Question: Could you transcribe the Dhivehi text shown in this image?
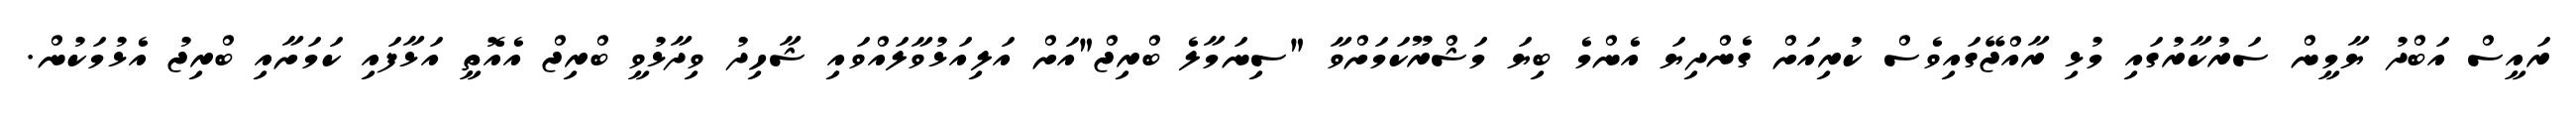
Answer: ރައީސް އަބްދު ޔާމީން ސަރުކާރުގައި މުޅި ރާއްޖޭގައިވެސް ކުރިއަށް ގެންދިޔަ އެންމެ ބިޔަ މަޝްރޫކަމަށްވާ "ސިނަމާލެ ބްރިޖް"އަށް އަލިއަޅުވާލައްވައި ޝާހިދު ވިދާޅުވީ ބްރިޖް އެއޮތީ އަޅާފައި ކަމަށާއި ބްރިޖު އެޅުމަކުން.